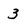
Character: 3